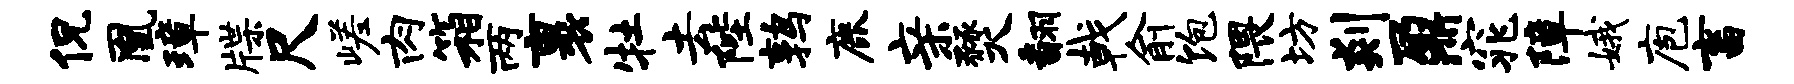
侃凰璋牒尺嵯肉箱两裹牡去陛鹑鹿亲燹翻戟俞饱隈坊剡鼐窕障娥庖畜